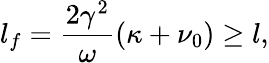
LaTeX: l_{f}=\frac{2\gamma^{2}}{\omega}\left(\kappa+\nu_{0}\right)\geq l,